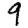
Digit: 9